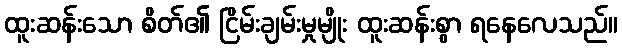
ထူးဆန်းသော စိတ်၏ ငြိမ်းချမ်းမှုမျိုး ထူးဆန်းစွာ ရနေလေသည်။